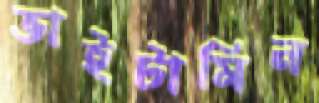
ভাইটামিন